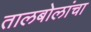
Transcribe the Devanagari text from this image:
तालबोलांचा